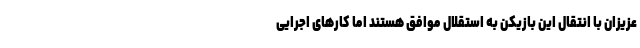
عزیزان با انتقال این بازیکن به استقلال موافق هستند اما کارهای اجرایی